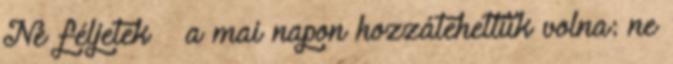
Ne féljetek – a mai napon hozzátehettük volna: ne